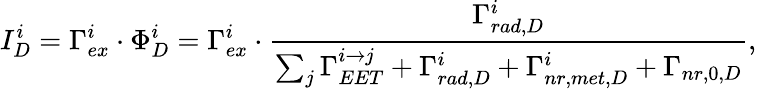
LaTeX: I_{D}^{i}=\Gamma_{ex}^{i}\cdot\Phi_{D}^{i}=\Gamma_{ex}^{i}\cdot\frac{\Gamma_{rad,D}^{i}}{\sum_{j}\Gamma_{EET}^{i\to j}+\Gamma_{rad,D}^{i}+\Gamma_{nr,met,D}^{i}+\Gamma_{nr,0,D}},